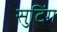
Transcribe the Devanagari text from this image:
सुटिंग